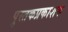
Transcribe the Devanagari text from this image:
पुस्तकप्रकाशक